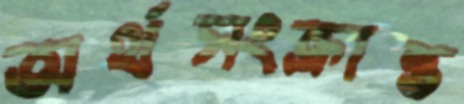
অর্থসংক্রান্ত